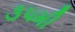
૩૫મી